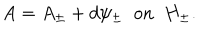
A = A _ { \pm } + d \psi _ { \pm } \; \; \mathrm { o n } \; \; H _ { \pm } .